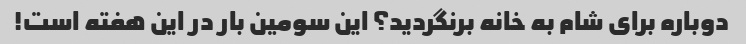
دوباره برای شام به خانه برنگردید؟ این سومین بار در این هفته است!